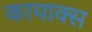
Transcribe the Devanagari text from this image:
कायाक्स